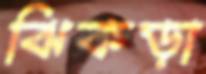
ঝিকড়া